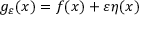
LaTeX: g _ { \varepsilon } ( x ) = f ( x ) + \varepsilon \eta ( x )